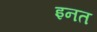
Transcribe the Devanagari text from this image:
इनत